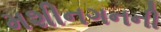
મશીનગનની